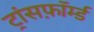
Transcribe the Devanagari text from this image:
ट्रांसफ़ॉर्म्ड